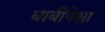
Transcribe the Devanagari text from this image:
बाबींपेक्षा